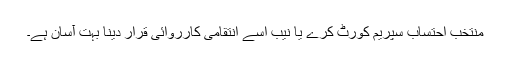
منتخب احتساب سپریم کورٹ کرے یا نیب اسے انتقامی کارروائی قرار دینا بہت آسان ہے۔